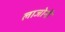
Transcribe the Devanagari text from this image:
लाजोनी